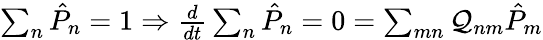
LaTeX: \begin{array}{r}{\sum_{n}\hat{P}_{n}=1\Rightarrow\frac{d}{dt}\sum_{n}\hat{P}_{n}=0=\sum_{mn}\mathcal{Q}_{nm}\hat{P}_{m}}\end{array}